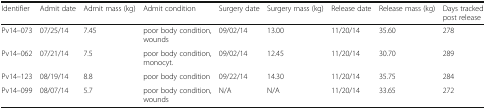
<table><thead><tr><td><b>Identifier</b></td><td><b>Admit date</b></td><td><b>Admit mass (kg)</b></td><td><b>Admit condition</b></td><td><b>Surgery date</b></td><td><b>Surgery mass (kg)</b></td><td><b>Release date</b></td><td><b>Release mass (kg)</b></td><td><b>Days tracked post release</b></td></tr></thead><tbody><tr><td>Pv14–073</td><td>07/25/14</td><td>7.45</td><td>poor body condition, wounds</td><td>09/02/14</td><td>13.00</td><td>11/20/14</td><td>35.60</td><td>278</td></tr><tr><td>Pv14–062</td><td>07/21/14</td><td>7.5</td><td>poor body condition, monocyt.</td><td>09/02/14</td><td>12.45</td><td>11/20/14</td><td>30.70</td><td>289</td></tr><tr><td>Pv14–123</td><td>08/19/14</td><td>8.8</td><td>poor body condition</td><td>09/22/14</td><td>14.30</td><td>11/20/14</td><td>35.75</td><td>284</td></tr><tr><td>Pv14–099</td><td>08/07/14</td><td>5.7</td><td>poor body condition, wounds</td><td>N/A</td><td>N/A</td><td>11/20/14</td><td>33.65</td><td>272</td></tr></tbody></table>